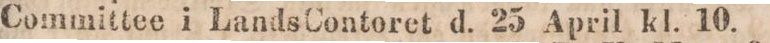
Committee i LandsContoret d. 25 April kl. 10.